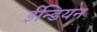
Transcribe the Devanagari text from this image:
ईन्डियन